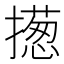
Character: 𢶰